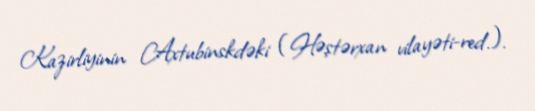
Kazirliyinin Axtubinskdəki (Həştərxan vilayəti-red.).